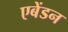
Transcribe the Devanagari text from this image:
एबेंडन